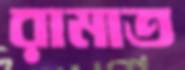
রামাত